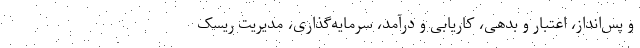
و پس‌انداز، اعتبار و بدهی، کاریابی و درآمد، سرمایه‌گذاری، مدیریت ریسک